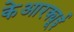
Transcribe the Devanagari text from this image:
केआरक्यूई